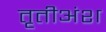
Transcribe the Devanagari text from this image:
तृतीअंश